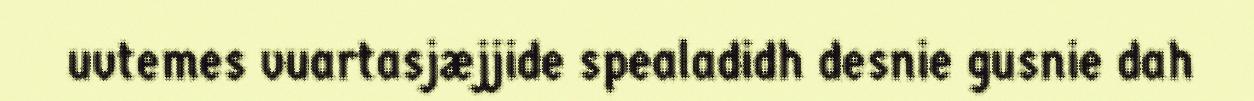
uvtemes vuartasjæjjide spealadidh desnie gusnie dah